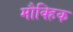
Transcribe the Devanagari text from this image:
मौक्हिक